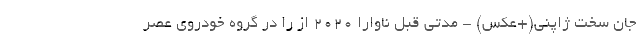
جان سخت ژاپنی(+عکس) - مدتی قبل ناوارا 2020 از را در گروه خودروی عصر